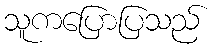
သူကပြောပြသည်